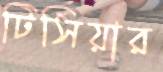
টিসিয়ার